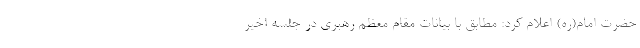
حضرت امام(ره) اعلام کرد: مطابق با بیانات مقام معظم رهبری در جلسه اخیر